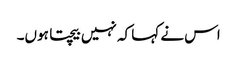
اس نے کہا کہ نہیں بیچتا ہوں۔